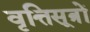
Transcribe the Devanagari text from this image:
वृत्तिसूत्रों